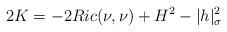
LaTeX: \begin{align*}2K &= - 2 Ric(\nu,\nu) + H^2 - |h|^2_\sigma \end{align*}